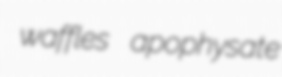
waffles apophysate